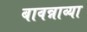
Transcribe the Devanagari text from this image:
बावन्नाव्या